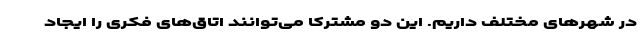
در شهرهای مختلف داریم. این دو مشترکا می‌توانند اتاق‌های فکری را ایجاد